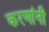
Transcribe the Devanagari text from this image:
करणांनी